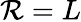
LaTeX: \mathcal{R}=L